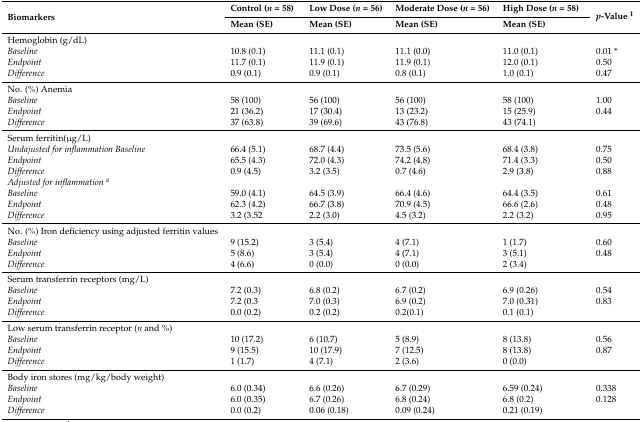
<table><thead><tr><td rowspan="2"><b>Biomarkers </b></td><td><b>Control (<i>n</i> = 58)</b></td><td><b>Low Dose (<i>n</i> = 56)</b></td><td><b>Moderate Dose (<i>n</i> = 56)</b></td><td><b>High Dose (<i>n</i> = 58)</b></td><td rowspan="2"><b><i>p</i>-Value <sup>1</sup></b></td></tr><tr><td><b>Mean (SE)</b></td><td><b>Mean (SE)</b></td><td><b>Mean (SE)</b></td><td><b>Mean (SE)</b></td></tr></thead><tbody><tr><td colspan="6">Hemoglobin (g/dL) </td></tr><tr><td><i>Baseline</i></td><td>10.8 (0.1)</td><td>11.1 (0.1)</td><td>11.1 (0.0)</td><td>11.0 (0.1)</td><td>0.01 *</td></tr><tr><td><i>Endpoint</i></td><td>11.7 (0.1)</td><td>11.9 (0.1)</td><td>11.9 (0.1)</td><td>12.0 (0.1)</td><td>0.50</td></tr><tr><td><i>Difference</i></td><td>0.9 (0.1)</td><td>0.9 (0.1)</td><td>0.8 (0.1)</td><td>1.0 (0.1)</td><td>0.47</td></tr><tr><td colspan="6">No. (%) Anemia </td></tr><tr><td><i>Baseline</i></td><td>58 (100)</td><td>56 (100)</td><td>56 (100)</td><td>58 (100)</td><td>1.00</td></tr><tr><td><i>Endpoint</i></td><td>21 (36.2)</td><td>17 (30.4)</td><td>13 (23.2)</td><td>15 (25.9)</td><td>0.44</td></tr><tr><td><i>Difference</i></td><td>37 (63.8)</td><td>39 (69.6)</td><td>43 (76.8)</td><td>43 (74.1)</td><td></td></tr><tr><td colspan="6">Serum ferritin(μg/L) </td></tr><tr><td><i>Undajusted for inflammation Baseline</i></td><td>66.4 (5.1)</td><td>68.7 (4.4)</td><td>73.5 (5.6)</td><td>68.4 (3.8)</td><td>0.75</td></tr><tr><td><i>Endpoint</i></td><td>65.5 (4.3)</td><td>72.0 (4.3)</td><td>74.2 (4.8)</td><td>71.4 (3.3)</td><td>0.50</td></tr><tr><td><i>Difference</i></td><td>0.9 (4.5)</td><td>3.2 (3.5)</td><td>0.7 (4.6)</td><td>2.9 (3.8)</td><td>0.88 </td></tr><tr><td><i>Adjusted for inflammation <sup>a</sup></i></td><td></td><td></td><td></td><td></td><td></td></tr><tr><td><i>Baseline</i></td><td>59.0 (4.1)</td><td>64.5 (3.9)</td><td>66.4 (4.6)</td><td>64.4 (3.5)</td><td>0.61</td></tr><tr><td><i>Endpoint</i></td><td>62.3 (4.2)</td><td>66.7 (3.8)</td><td>70.9 (4.5)</td><td>66.6 (2.6)</td><td>0.48</td></tr><tr><td><i>Difference</i></td><td>3.2 (3.52</td><td>2.2 (3.0)</td><td>4.5 (3.2)</td><td>2.2 (3.2)</td><td>0.95</td></tr><tr><td colspan="6">No. (%) Iron deficiency using adjusted ferritin values</td></tr><tr><td><i>Baseline</i></td><td>9 (15.2)</td><td>3 (5.4)</td><td>4 (7.1)</td><td>1 (1.7)</td><td>0.60</td></tr><tr><td><i>Endpoint</i></td><td>5 (8.6)</td><td>3 (5.4)</td><td>4 (7.1)</td><td>3 (5.1)</td><td>0.48</td></tr><tr><td><i>Difference</i></td><td>4 (6.6)</td><td>0 (0.0)</td><td>0 (0.0)</td><td>2 (3.4)</td><td></td></tr><tr><td colspan="6">Serum transferrin receptors (mg/L) </td></tr><tr><td><i>Baseline</i></td><td>7.2 (0.3)</td><td>6.8 (0.2)</td><td>6.7 (0.2)</td><td>6.9 (0.26)</td><td>0.54</td></tr><tr><td><i>Endpoint</i></td><td>7.2 (0.3</td><td>7.0 (0.3)</td><td>6.9 (0.2)</td><td>7.0 (0.31)</td><td>0.83</td></tr><tr><td><i>Difference</i></td><td>0.0 (0.2)</td><td>0.2 (0.2)</td><td>0.2(0.1)</td><td>0.1 (0.1)</td><td></td></tr><tr><td colspan="6">Low serum transferrin receptor (<i>n</i> and %) </td></tr><tr><td><i>Baseline</i></td><td>10 (17.2)</td><td>6 (10.7)</td><td>5 (8.9)</td><td>8 (13.8)</td><td>0.56</td></tr><tr><td><i>Endpoint</i></td><td>9 (15.5)</td><td>10 (17.9)</td><td>7 (12.5)</td><td>8 (13.8)</td><td>0.87</td></tr><tr><td><i>Difference</i></td><td>1 (1.7)</td><td>4 (7.1)</td><td>2 (3.6)</td><td>0 (0.0)</td><td></td></tr><tr><td colspan="6">Body iron stores (mg/kg/body weight) </td></tr><tr><td><i>Baseline</i></td><td>6.0 (0.34)</td><td>6.6 (0.26)</td><td>6.7 (0.29)</td><td>6.59 (0.24)</td><td>0.338</td></tr><tr><td><i>Endpoint</i></td><td>6.0 (0.35)</td><td>6.7 (0.26)</td><td>6.8 (0.24)</td><td>6.8 (0.2)</td><td>0.128</td></tr><tr><td><i>Difference</i></td><td>0.0 (0.2)</td><td>0.06 (0.18)</td><td>0.09 (0.24)</td><td>0.21 (0.19)</td><td></td></tr></tbody></table>